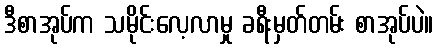
ဒီစာအုပ်က သမိုင်းလေ့လာမှု ခရီးမှတ်တမ်း စာအုပ်ပဲ။